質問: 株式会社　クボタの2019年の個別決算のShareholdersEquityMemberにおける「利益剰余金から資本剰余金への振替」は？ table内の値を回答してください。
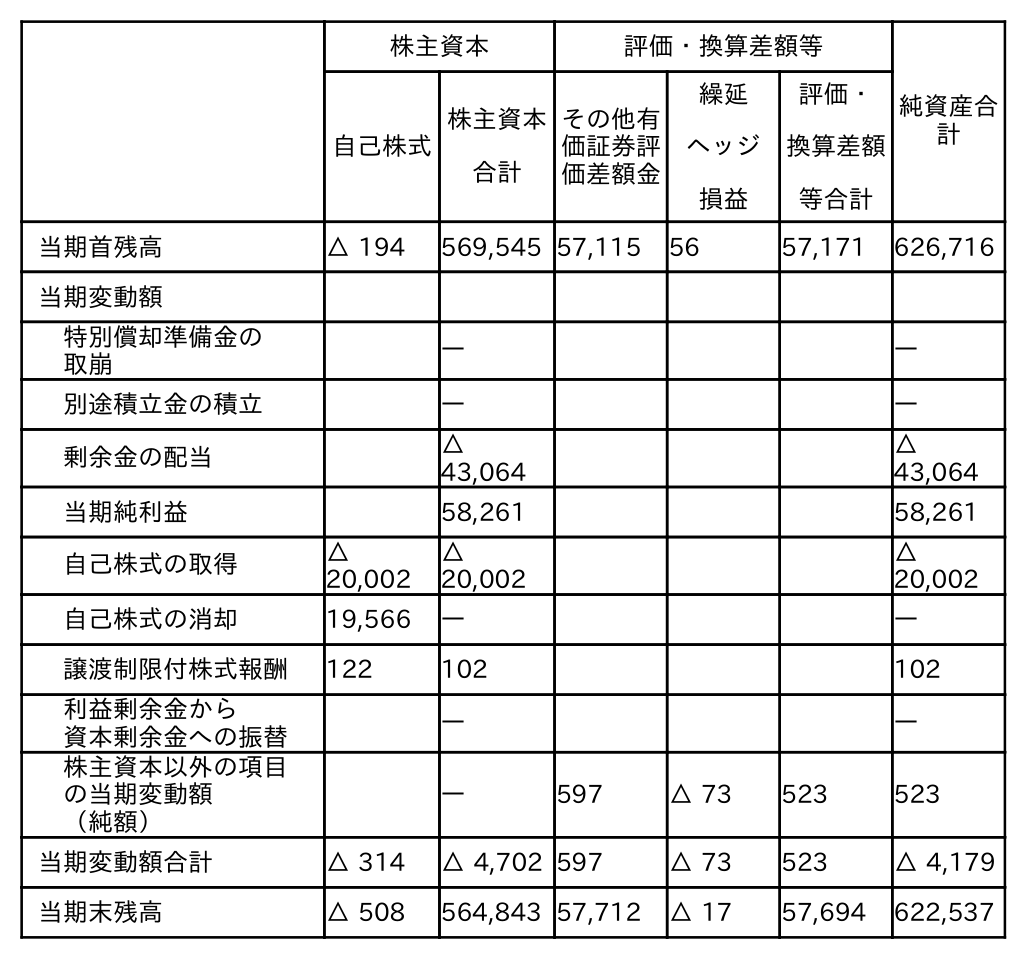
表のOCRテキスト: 株主資本 評価・換算差額等 純資産合 計 自己株式 株主資本 合計 その他有 価証券評 価差額金 繰延 ヘッジ 損益 評価・ 換算差額 等合計 当期首残高 △ 194 569,545 57,115 56 57,171 626,716 当期変動額 特別償却準備金の 取崩 ― ― 別途積立金の積立 ― ― 剰余金の配当 △ 43,064 △ 43,064 当期純利益 58,261 58,261 自己株式の取得 △ 20,002 △ 20,002 △ 20,002 自己株式の消却 19,566 ― ― 譲渡制限付株式報酬 122 102 102 利益剰余金から 資本剰余金への振替 ― ― 株主資本以外の項目 の当期変動額 （純額） ― 597 △ 73 523 523 当期変動額合計 △ 314 △ 4,702 597 △ 73 523 △ 4,179 当期末残高 △ 508 564,843 57,712 △ 17 57,694 622,537
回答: ―